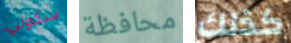
سكولي محافظة كذلك